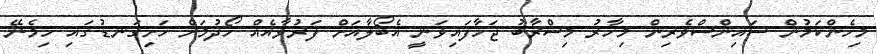
މިހެންކަމުން ސައިންސްވެރިން މިހާރު މިސްރާބު ޖަހާފައިވަނީ އެބޯލާއަށް ފަރުވާއެއް ހޯދުމަށް ހަށިގަނޑުގައި ހިމެނޭ